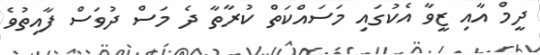
ދީމް އާއި ޒީވާ އެކުގައި މަސައްކަތް ކުރާތާ ދެ މަސް ދުވަސް ފާއިތުވެ